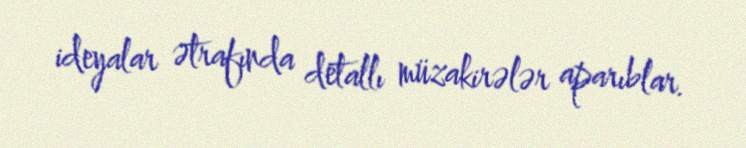
ideyalar ətrafında detallı müzakirələr aparıblar.